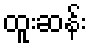
ထူးဆန်း